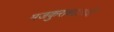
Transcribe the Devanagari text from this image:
मजकुराबद्दलची